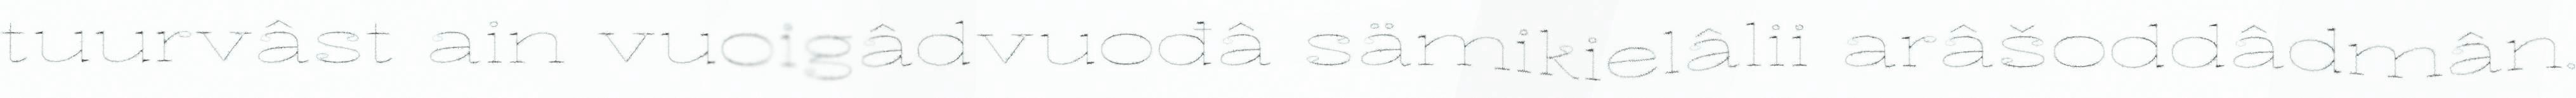
tuurvâst ain vuoigâdvuođâ sämikielâlii arâšoddâdmân.